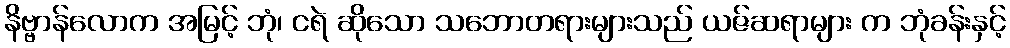
နိဗ္ဗာန်လောက အမြင့် ဘုံ၊ ငရဲ ဆိုသော သဘောတရားများသည် ယဇ်ဆရာများ က ဘုံခန်းနှင့်